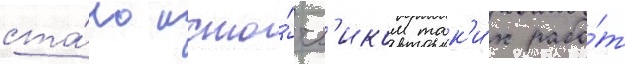
ста́ло исто́чн'иком так'и́х рабо́т